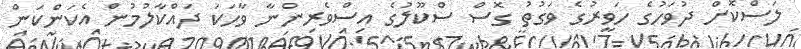
ލަސްކޮށް ދުވަހުގެ ހަވީރުގެ ވަގުތު ގޮސް ސްކޫލުގެ އިސްވެރިންނާ ވާހަކަ ދައްކާލުމުން އެކަންކަން